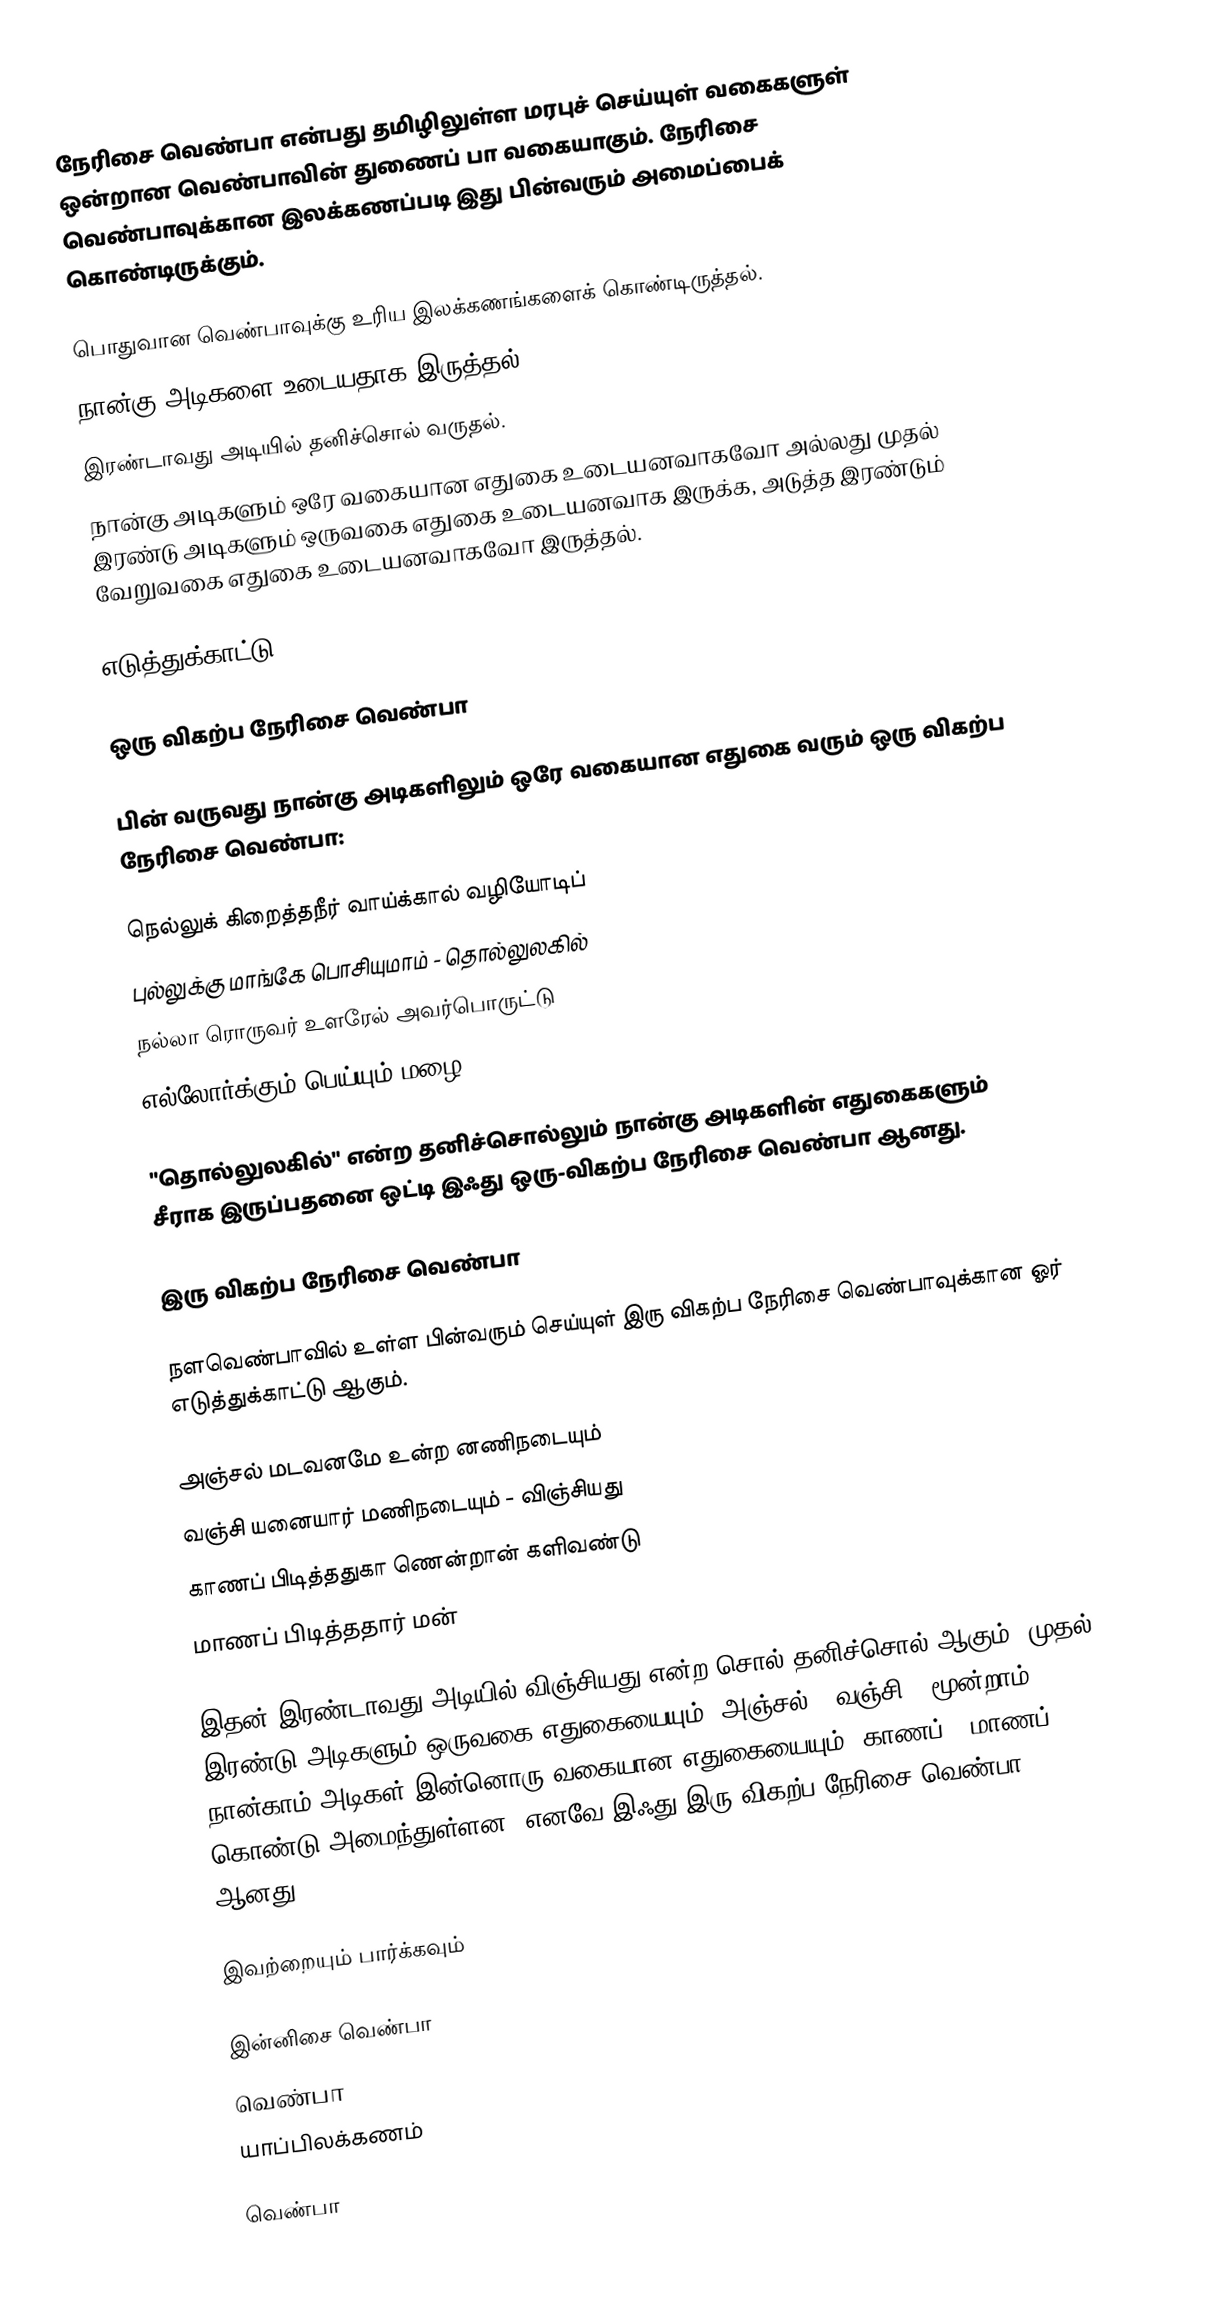
நேரிசை வெண்பா என்பது தமிழிலுள்ள மரபுச் செய்யுள் வகைகளுள் ஒன்றான வெண்பாவின் துணைப் பா வகையாகும். நேரிசை வெண்பாவுக்கான இலக்கணப்படி இது பின்வரும் அமைப்பைக் கொண்டிருக்கும்.

 பொதுவான வெண்பாவுக்கு உரிய இலக்கணங்களைக் கொண்டிருத்தல்.
 நான்கு அடிகளை உடையதாக இருத்தல்.
 இரண்டாவது அடியில் தனிச்சொல் வருதல்.
 நான்கு அடிகளும் ஒரே வகையான எதுகை உடையனவாகவோ அல்லது முதல் இரண்டு அடிகளும் ஒருவகை எதுகை உடையனவாக இருக்க, அடுத்த இரண்டும் வேறுவகை எதுகை உடையனவாகவோ இருத்தல்.

எடுத்துக்காட்டு

ஒரு விகற்ப நேரிசை வெண்பா

பின் வருவது நான்கு அடிகளிலும் ஒரே வகையான எதுகை வரும் ஒரு விகற்ப நேரிசை வெண்பா:

 நெல்லுக் கிறைத்தநீர் வாய்க்கால் வழியோடிப்
 புல்லுக்கு மாங்கே பொசியுமாம் - தொல்லுலகில்
 நல்லா ரொருவர் உளரேல் அவர்பொருட்டு
 எல்லோர்க்கும் பெய்யும் மழை.

"தொல்லுலகில்" என்ற தனிச்சொல்லும் நான்கு அடிகளின் எதுகைகளும் சீராக இருப்பதனை ஒட்டி இஃது ஒரு-விகற்ப நேரிசை வெண்பா ஆனது.

இரு விகற்ப நேரிசை வெண்பா

நளவெண்பாவில் உள்ள பின்வரும் செய்யுள் இரு விகற்ப நேரிசை வெண்பாவுக்கான ஓர் எடுத்துக்காட்டு ஆகும்.

 அஞ்சல் மடவனமே உன்ற னணிநடையும்
 வஞ்சி யனையார் மணிநடையும் - விஞ்சியது
 காணப் பிடித்ததுகா ணென்றான் களிவண்டு
 மாணப் பிடித்ததார் மன்

இதன் இரண்டாவது அடியில் விஞ்சியது என்ற சொல் தனிச்சொல் ஆகும். முதல் இரண்டு அடிகளும் ஒருவகை எதுகையையும் (அஞ்சல் - வஞ்சி), மூன்றாம் நான்காம் அடிகள் இன்னொரு வகையான எதுகையையும் (காணப் - மாணப்) கொண்டு அமைந்துள்ளன. எனவே இஃது இரு-விகற்ப நேரிசை வெண்பா ஆனது.

இவற்றையும் பார்க்கவும்

 இன்னிசை வெண்பா
 வெண்பா
 யாப்பிலக்கணம்

வெண்பா